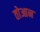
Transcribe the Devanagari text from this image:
तोआन